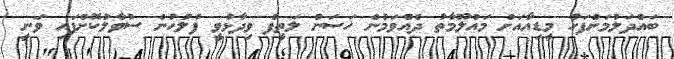
ބައްދަލުުމަށްފަހު މީޑިއާއަށް މައުލޫމާތު ދެއްވަމުން ހަސަން ލަތީފް ވިދާޅުވީ ފުލުހުން ސުވާލުކޮށްފައި ވަނީ